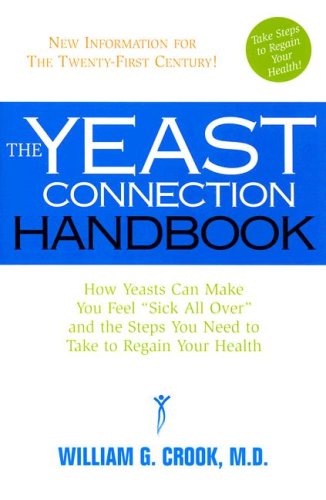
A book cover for The Yeast Connection Handbook: How Yeasts Can Make You Feel "Sick All Over" and the Steps You Need to Take to Regain Your Health (The Yeast Connection Series); William G. Crook; Health, Fitness & Dieting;